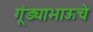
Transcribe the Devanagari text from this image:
गूंड्याभाऊचे